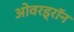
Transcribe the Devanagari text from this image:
ओवरड्रॉन